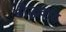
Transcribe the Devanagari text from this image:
बौद्धवाद